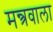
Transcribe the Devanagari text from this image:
मन्त्रवाला